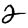
Digit: 2